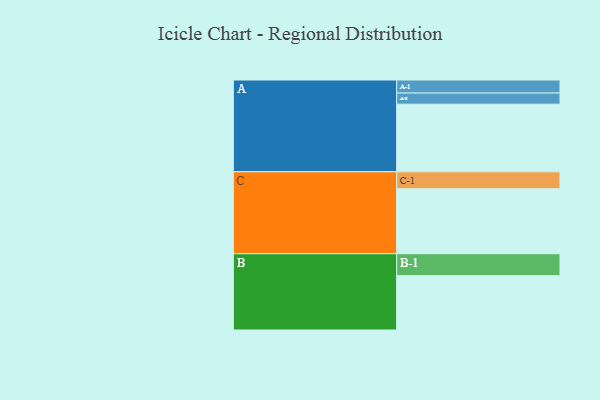
{"axis": {"x": "Segment", "y": "Value"}, "legend": ["", "A", "B", "C"], "data": [{"x": "A", "y": 529, "type": ""}, {"x": "B", "y": 425, "type": ""}, {"x": "C", "y": 508, "type": ""}, {"x": "A-1", "y": 102, "type": "A"}, {"x": "A-2", "y": 87, "type": "A"}, {"x": "B-1", "y": 172, "type": "B"}, {"x": "C-1", "y": 133, "type": "C"}]}